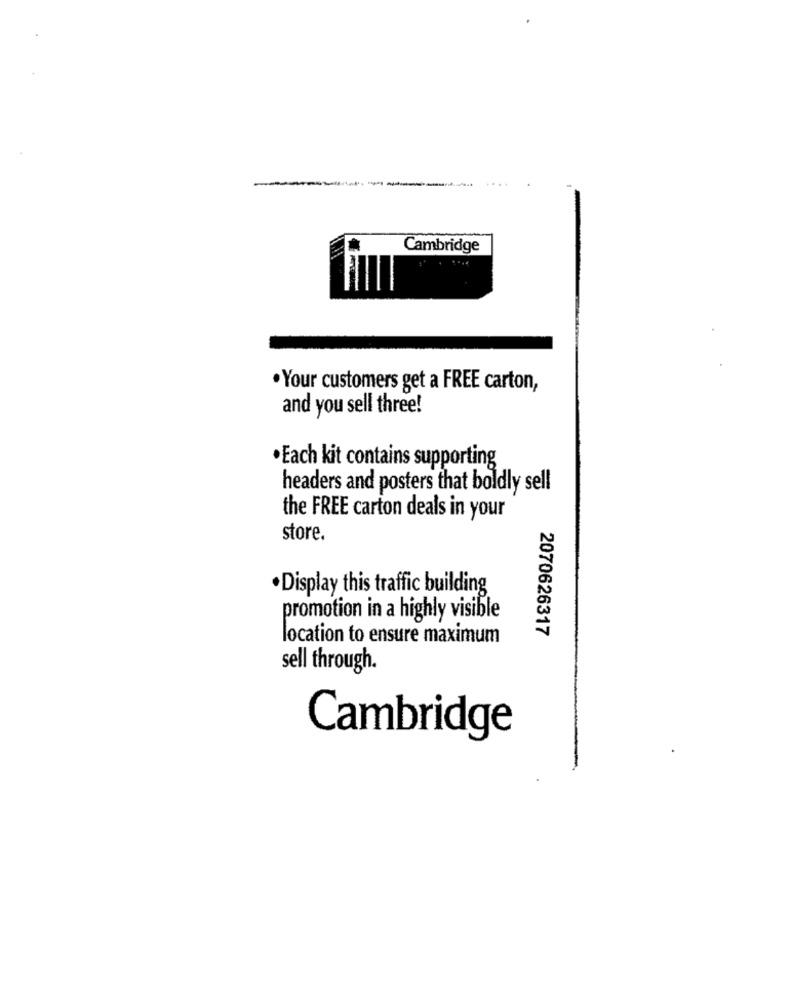
....
Cambridge
·Your customers get a FREE carton,
and you sell three!
·Each kit contains supporting
headers and posters that boldly sell
the FREE carton deals in your
store.
· Display this traffic building
promotion in a highly visible
2070626317
location to ensure maximum
sell through.
Cambridge